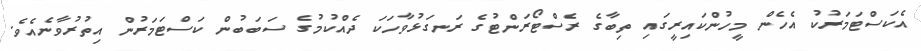
އެކަސްޓަމަރުކު އެހެން މީހުންކައިރީގައި ތިބާގެ ރެސްޓޯރަންޓުގެ ރަނގަޅުވާހަކަ ދެއްކުމުގެ ސަބަބުން ކަސްޓަމަރުން އިތުރުވާނެއެވެ.